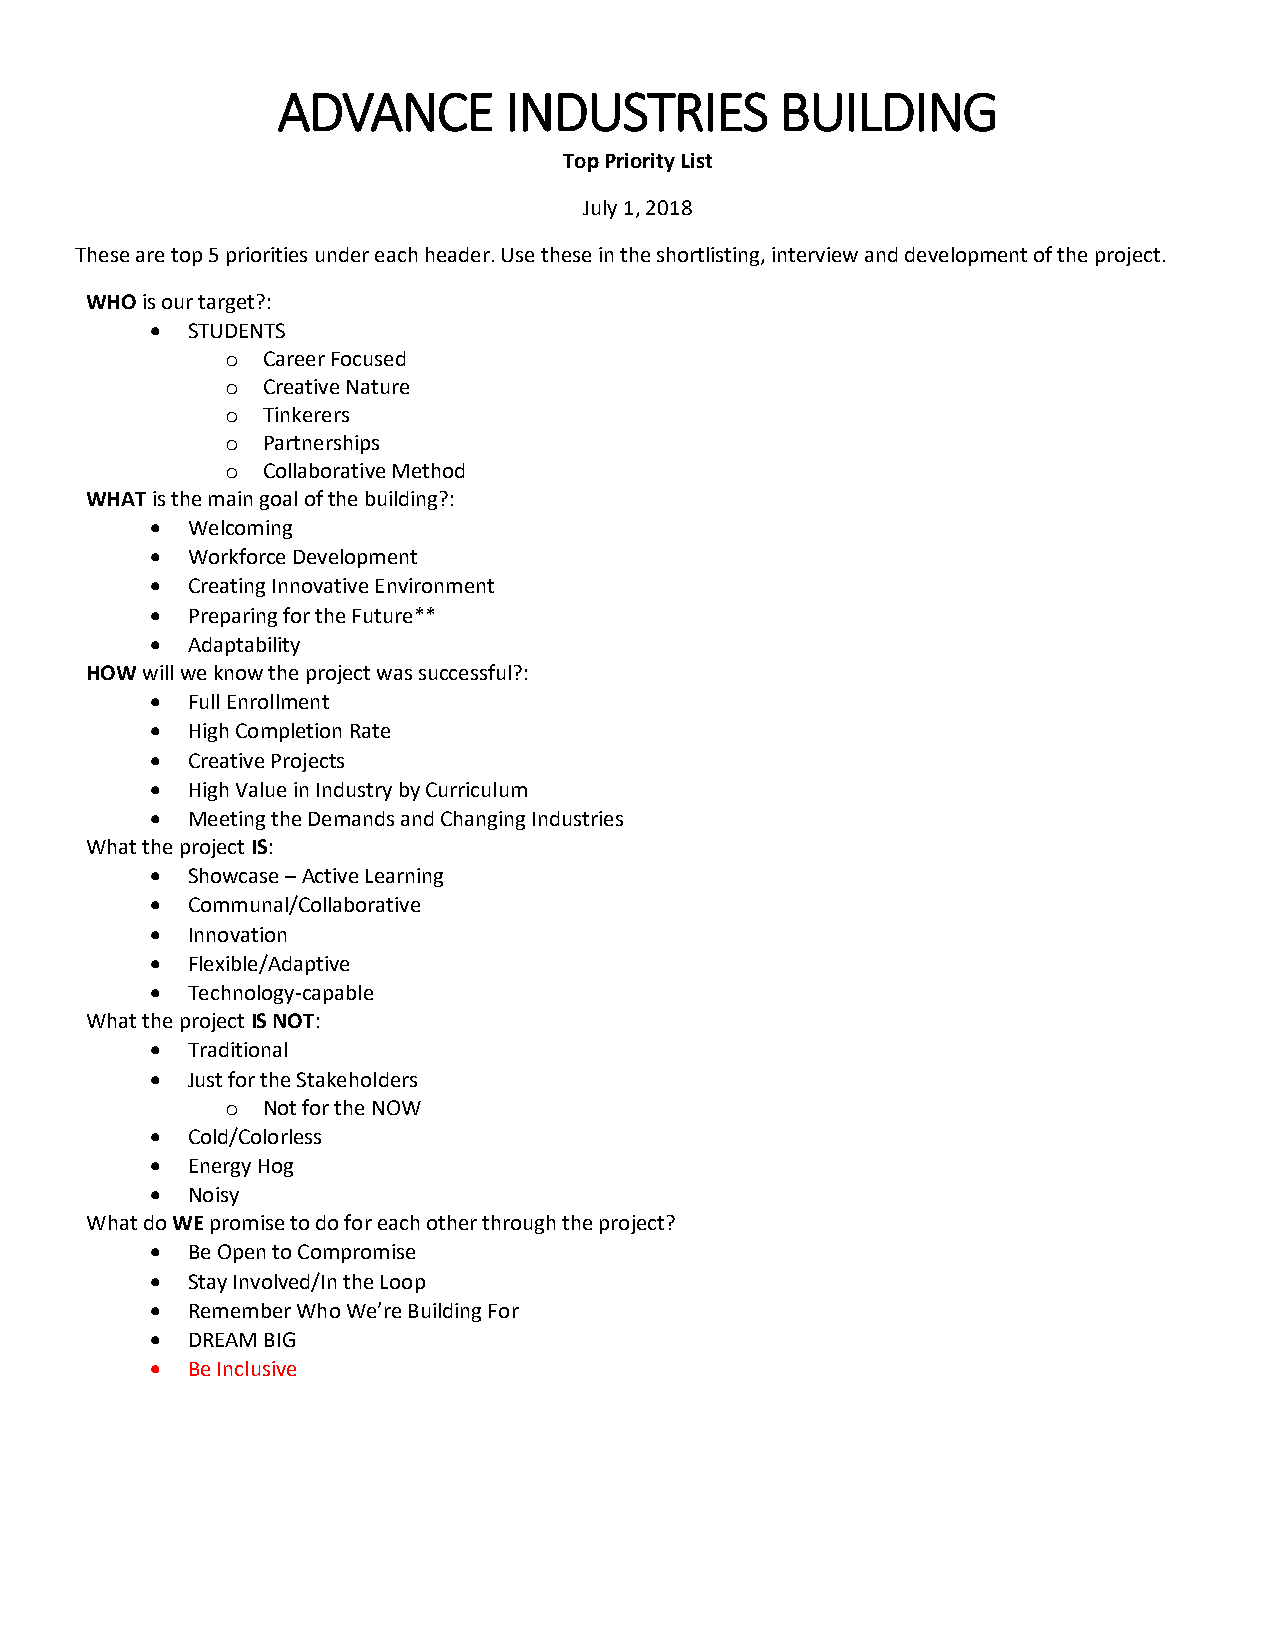
ADVANCE        INDUSTRIES         BUILDING
 Top Priority List
 July 1, 2018
 These are top 5 priorities under each header. Use these in the shortlisting, interview and development of the project.
 WHO is our target?:
  STUDENTS
 o Career Focused
 o Creative Nature
 o Tinkerers
 o Partnerships
 o Collaborative Method
 WHAT is the main goal of the building?:
  Welcoming
  Workforce Development
  Creating Innovative Environment
  Preparing for the Future**
  Adaptability
 HOW will we know the project was successful?:
  Full Enrollment
  High Completion Rate
  Creative Projects
  High Value in Industry by Curriculum
  Meeting the Demands and Changing Industries
 What the project IS:
  Showcase – Active Learning
  Communal/Collaborative
  Innovation
  Flexible/Adaptive
  Technology-capable
 What the project IS NOT:
  Traditional
  Just for the Stakeholders
 o Not for the NOW
  Cold/Colorless
  Energy Hog
  Noisy
 What do WE promise to do for each other through the project?
  Be Open to Compromise
  Stay Involved/In the Loop
  Remember Who We’re Building For
  DREAM BIG
  Be Inclusive